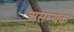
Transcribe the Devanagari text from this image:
असम्यक